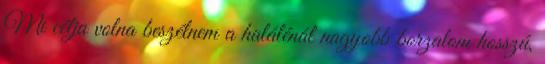
Mi célja volna beszélnem a halálénál nagyobb borzalom hosszú,